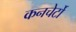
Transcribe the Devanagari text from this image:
कनचेर्टो